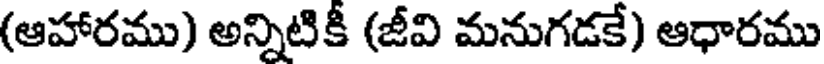
(ఆహారము) అన్నిటికీ (జీవి మనుగడకే) ఆధారము